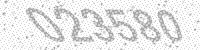
Solution: 023580